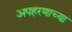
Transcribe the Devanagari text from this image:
अपहरणाच्या